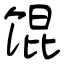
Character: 馄